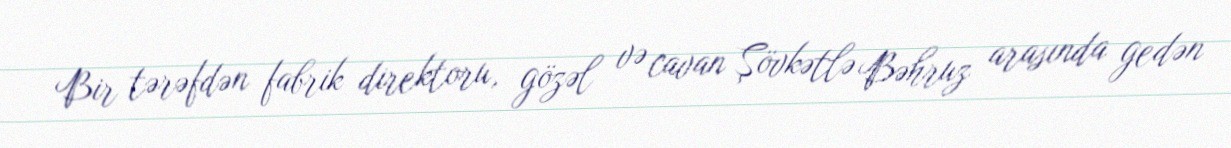
Bir tərəfdən fabrik direktoru, gözəl və cavan Şövkətlə Bəhruz arasında gedən